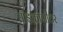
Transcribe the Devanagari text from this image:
साइक्रोमीटर